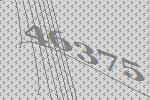
46375